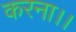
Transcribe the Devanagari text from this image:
करना।।